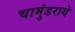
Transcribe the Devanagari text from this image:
चामुंडराये